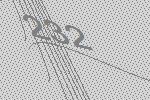
232